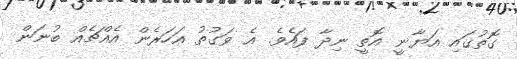
ގޮތުގައި އަޔާނީ އޮތީ ނިދާ ފައެވެ. އެ ވަގުތު އަހަރެން އެއްޗެއް ބުނަން